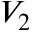
V _ { 2 }